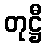
တုဋ္ဌီ